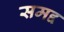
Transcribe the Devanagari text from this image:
समद्द